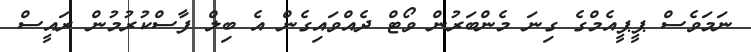
ނަމަވެސް ޕީޕީއެމްގެ ގިނަ މެންބަރުން ވޯޓް ދެއްވައިގެން އެ ބިލް ފާސްކުރުމުން ރައީސް